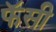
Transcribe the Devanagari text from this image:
फॅसी